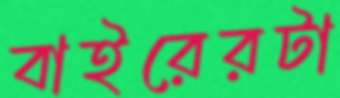
বাইরেরটা